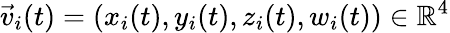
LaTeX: \vec{v}_{i}(t)=(x_{i}(t),y_{i}(t),z_{i}(t),w_{i}(t))\in\mathbb{R}^{4}